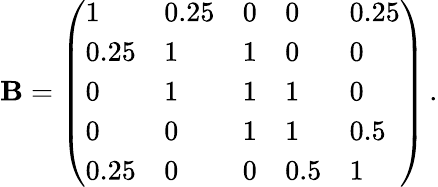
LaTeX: \mathbf{B}=\left(\begin{array}{lllll}{1}&{0.25}&{0}&{0}&{0.25}\\ {0.25}&{1}&{1}&{0}&{0}\\ {0}&{1}&{1}&{1}&{0}\\ {0}&{0}&{1}&{1}&{0.5}\\ {0.25}&{0}&{0}&{0.5}&{1}\end{array}\right)\, .